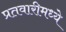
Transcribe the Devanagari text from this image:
प्रतवारीमध्ये